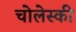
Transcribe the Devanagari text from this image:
चोलेस्की